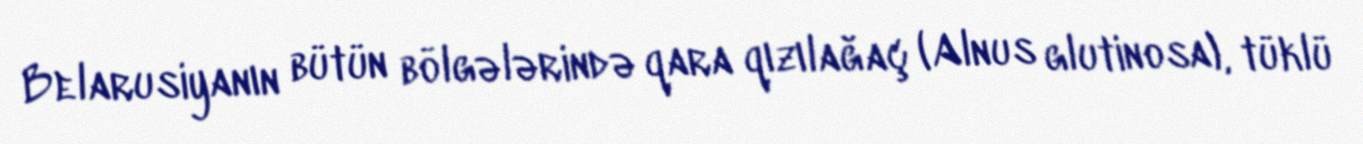
Belarusiyanın bütün bölgələrində qara qızılağaç (Alnus glutinosa), tüklü